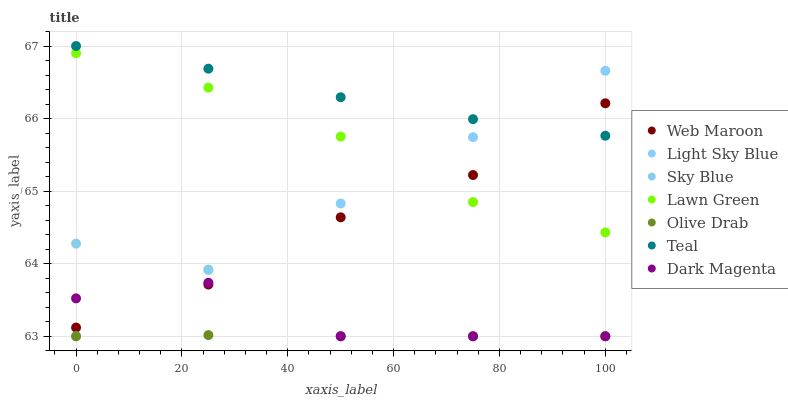
| xaxis_label | Web Maroon | Light Sky Blue | Sky Blue | Lawn Green | Olive Drab | Teal | Dark Magenta |
 | --- | --- | --- | --- | --- | --- | --- | --- |
 | 0 | 63.1 | 63 | 64.3 | 66.9 | 63 | 67 | 63.5 |
 | 25 | 63.7 | 63.9 | 63.9 | 66.4 | 63 | 66.7 | 63.7 |
 | 50 | 64.6 | 64.8 | 63 | 65.8 | 63 | 66.3 | 63 |
 | 75 | 65.2 | 65.7 | 63 | 64.8 | 63 | 66 | 63 |
 | 100 | 66.2 | 66.7 | 63 | 64.4 | 63 | 65.8 | 63 |